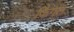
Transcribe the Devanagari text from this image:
फिंगल